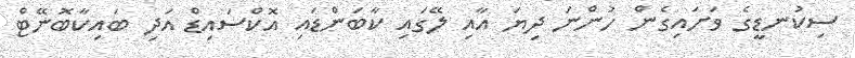
ސިކުނޑީގެ ވަށައިގެން ހުންނަ ދިޔަ އާއި ލޭގައި ކާބަންޑައި އޮކްސައިޑް އަދި ބައިކާބޮނޭޓް